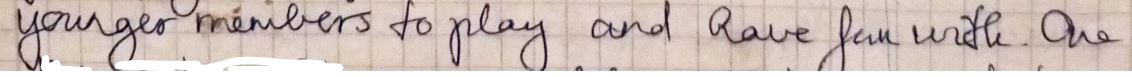
younger-members to play, and have fun with. One